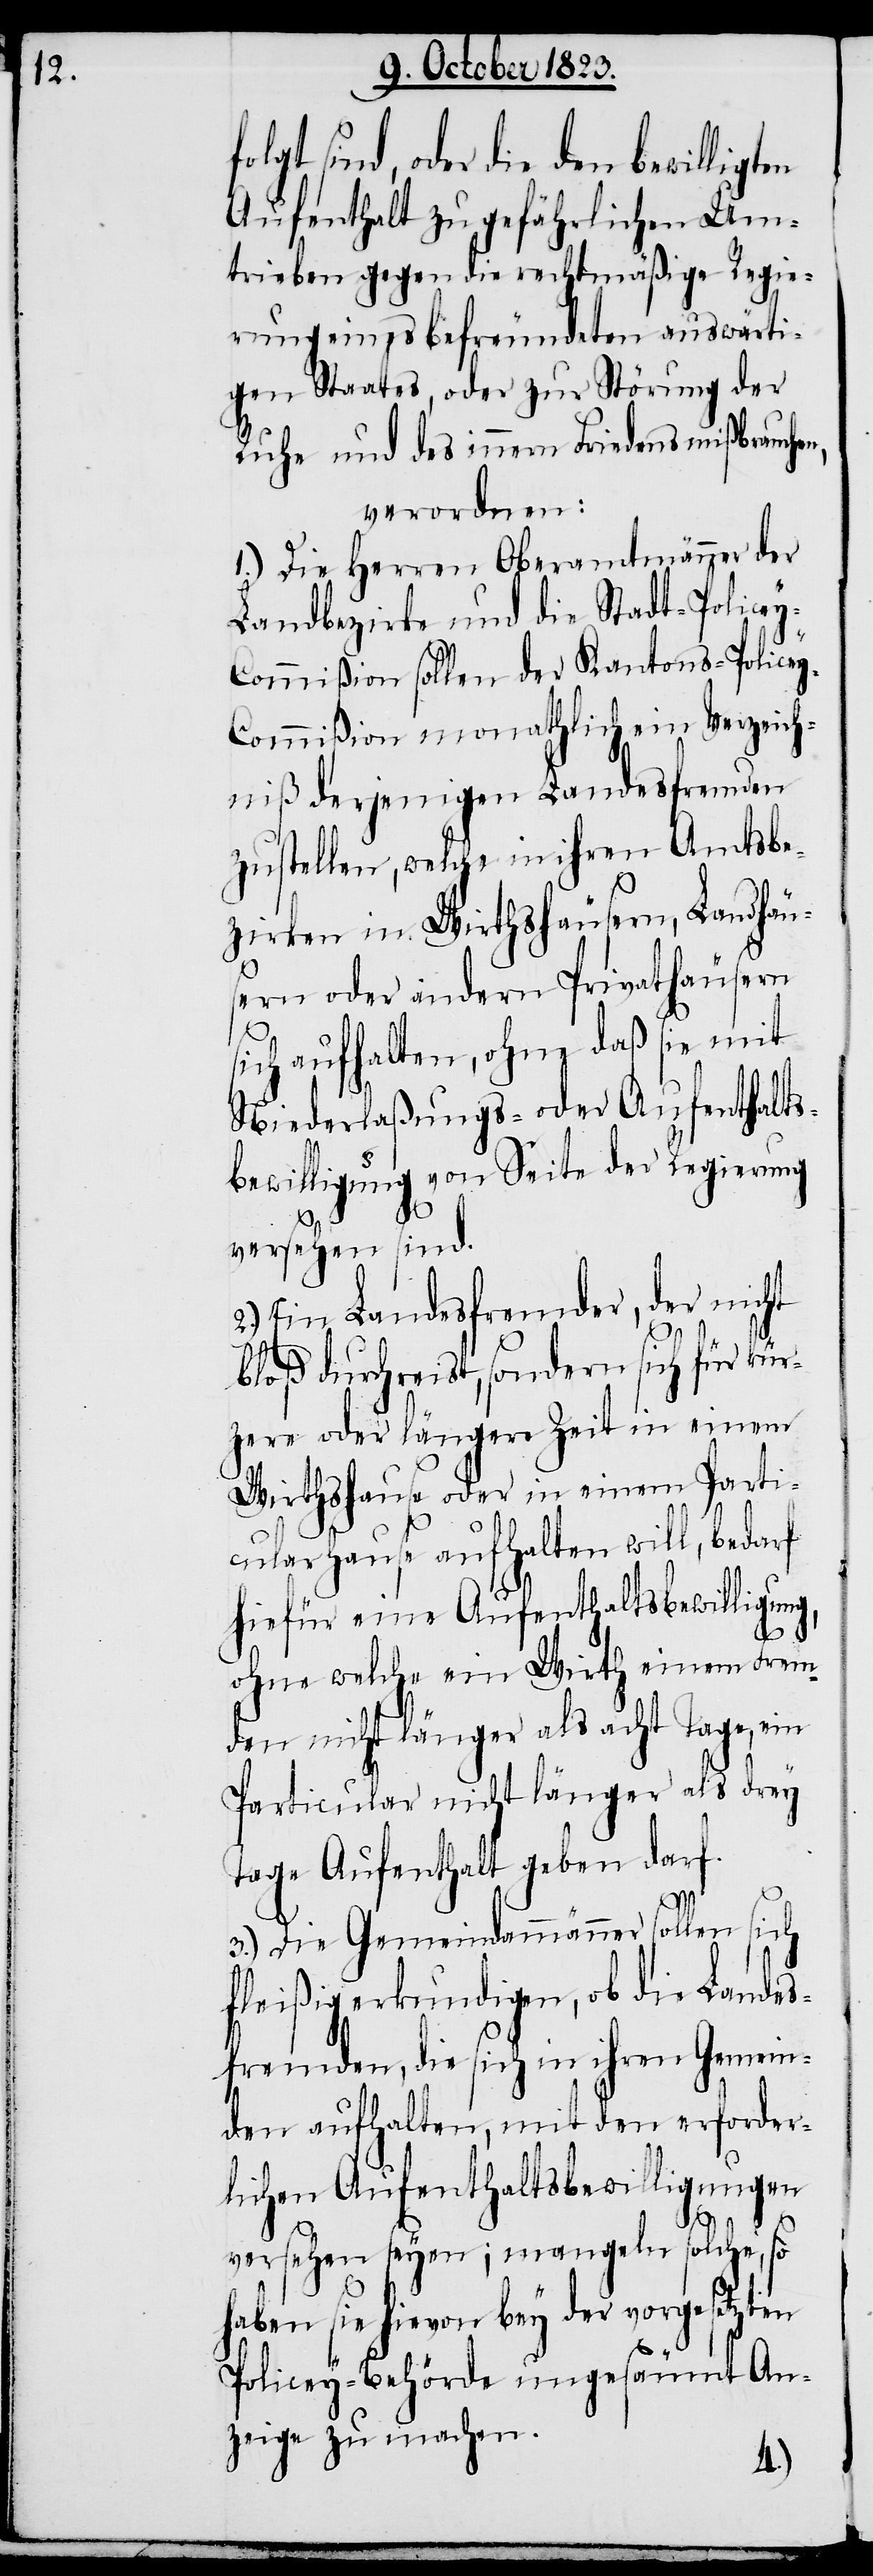
sind, oder die den bewilligt¬
Aufenthalt zu gefährlichen Um¬
trieben gegen die rechtmäßige Regie¬
rung eines befreundeten auswärti¬
gen Staates, oder zur Störung der
Ruhe und des innern Friedens mißbrauche¬
verordnen:
1.) Die Herren Oberamtmänner der
Landbezirke und die Stadt-Police¬
y-Commißion sollen der Kantons-Police¬
y-Commißion monathlich ein Verzeich¬
niß derjenigen Landesfremden
zustellen, welche in ihren Amtsbe¬
zirken in Wirthshäusern, Landhäu¬
sern oder andern Privathäusern
sich aufhalten, ohne daß sie mit
Niederlaßungs- oder Aufenthalts¬
bewilligung von Seite der Regierung
versehen sind.
Ein Landesfremder, der nicht
bloß durchreist, sondern sich für kür¬
zere oder längere Zeit in einem
Wirthshause oder in einem Parti¬
cularhause aufhalten will, bedarf
hiefür eine Aufenthaltsbewilligung,
2.)
ohne welche ein Wirth einem Frem¬
den nicht länger als acht Tage, ein
Particular nicht länger als drey
Tage Aufenthalt geben darf.
3.) Die Gemeindammänner sollen sich
fleißig erkundigen, ob die Landes¬
fremden, die sich in ihren Gemein¬
den aufhalten, mit den erforder¬
lichen Aufenthaltsbewilligungen
versehen seyen; mangeln solche, so
haben sie hievon bey der vorgesetzten
Policey-Behörde ungesäumt An¬
zeige zu machen.
n,